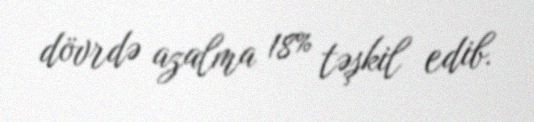
dövrdə azalma 18% təşkil edib.